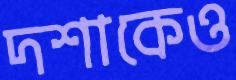
দশাকেও